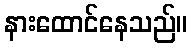
နားထောင်နေသည်။